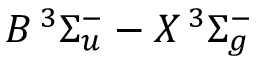
B \, { } ^ { 3 } \ensuremath { \Sigma } _ { u } ^ { - } - X \, { } ^ { 3 } \ensuremath { \Sigma } _ { g } ^ { - }